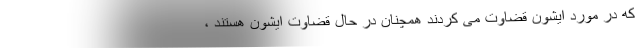
که در مورد ایشون قضاوت می کردند همچنان در حال قضاوت ایشون هستند ،